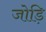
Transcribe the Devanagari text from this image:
जोड़ि